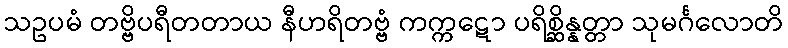
သဥပမံ တဗ္ဗိပရီတတာယ နီဟရိတဗ္ဗံ ကက္ကဋော ပရိစ္ဆိန္နတ္တာ သုမင်္ဂလောတိ